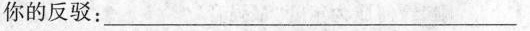
你的反驳：___